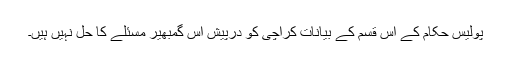
پولیس حکام کے اس قسم کے بیانات کراچی کو درپیش اس گمبھیر مسئلے کا حل نہیں ہیں۔